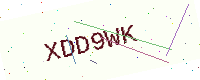
Text: XDD9WK